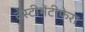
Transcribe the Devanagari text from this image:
वेस्टीमेंटीफेरा